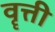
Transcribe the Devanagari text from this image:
वॄत्ती